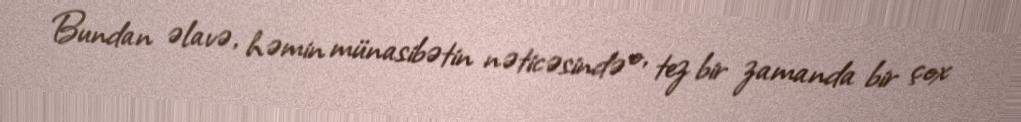
Bundan əlavə, həmin münasibətin nəticəsində o, tez bir zamanda bir çox